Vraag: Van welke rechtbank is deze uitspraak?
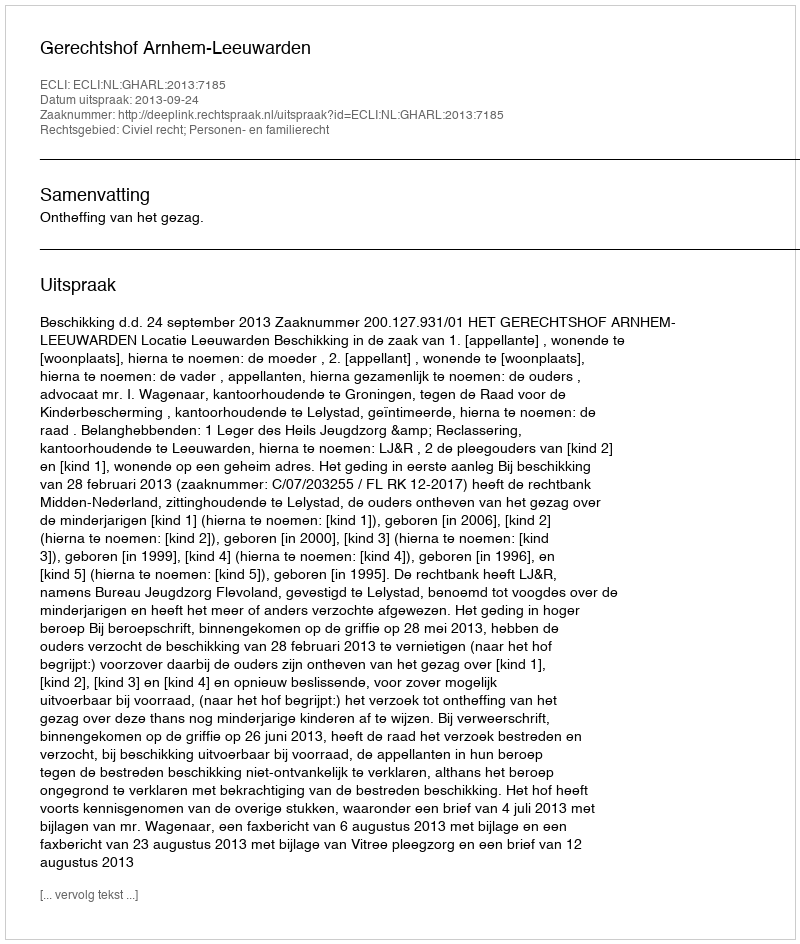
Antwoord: Gerechtshof Arnhem-Leeuwarden